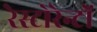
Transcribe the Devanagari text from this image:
रेस्टोरेन्टों